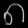
Digit: ၈